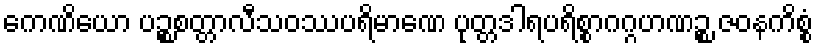
ကေဏိယော ပဉ္စစတ္တာလီသဝဿပရိမာဏေ ပုတ္တဒါရပရိစ္စာဂဂ္ဂဟဏဉ္စ ဇဝနကိစ္စံ